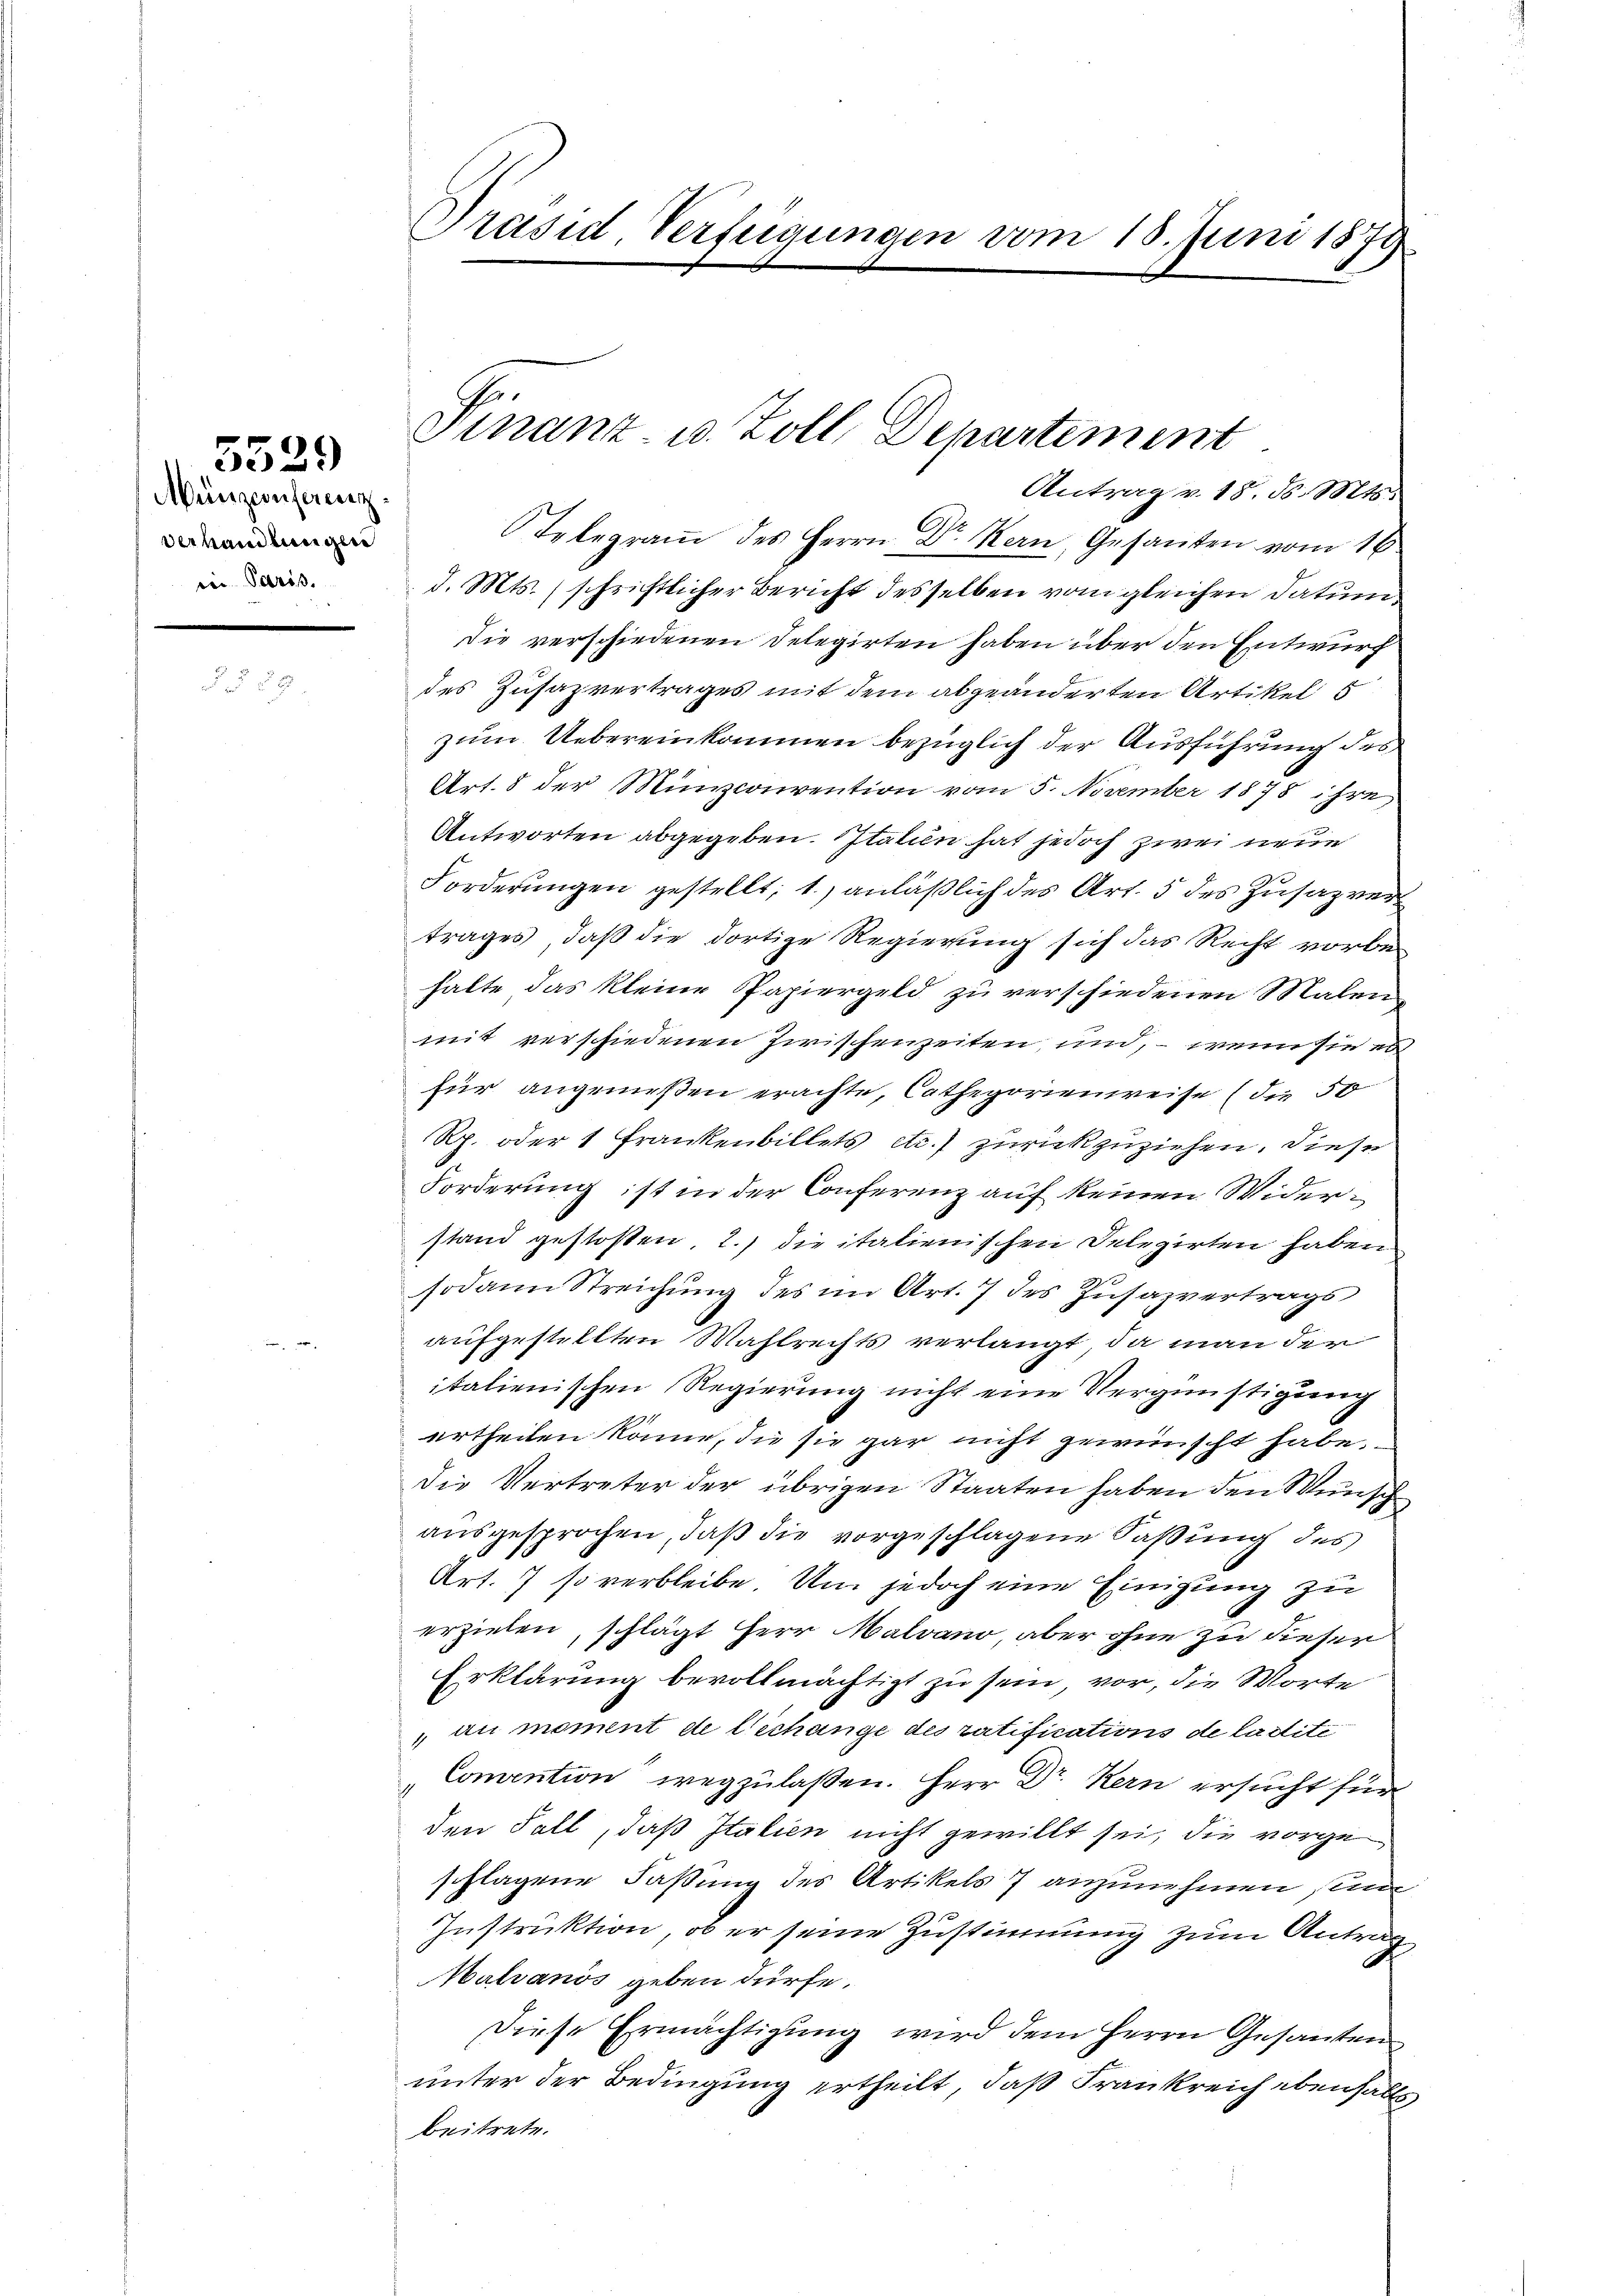
5529

Präsid. Verfügungen vom 18. Juni 1879

Telegram des Herrn Dr. Kern, Gesanten vom 16
d. Mts. schriftlicher Bericht desselben vom gleichen Datum
Die verschiedenen Delegirten haben über den Entwurf
des Zusazvertrages mit dem abgeänderten Artikel 5
zum Uebereinkommen bezüglich der Ausführung des
Art. 8 der Münzconvention vom 5. November 1878 ihre
Antworten abgegeben. Italien hat jedoch zwei neue
Forderungen gestellt, 1.) anläßlich des Art. 5 des Zusazver
trages, daß die dortige Regierung sich das Recht vorbehalte das kleine Papiergeld zu verschiedenen Malen
mit verschiedenen Zwischenzeiten, und, – wenn sie es
für angenießen erachte, Cathegorienweise (die 50
Rp. oder 1 Frankenbillets etc.) zurückzuziehen. Diese
Forderung ist in der Conferenz auf keinen Widerstand gestoßen, 2.) die italienischen Delegirten haben
sodann Streichung des im Art. 7 des Zusazvertrags
aufgestellten Wahlrechts verlangt, da man der
italienischen Regierung nicht eine Vergünstigung
urtheilen könne, die sie gar nicht gewünscht habe.
Die Vertreter der übrigen Staaten haben den Wunsch
ausgesprochen, daß die vorgeschlagene Faßung des
Art. 7 so verbleibe. Um jedoch eine Einigung zu
erzielen, schlägt Herr Malvano, aber ohne zu dieser
Erklärung bevollmächtigt zu sein, vor, die Worte
 au moment de lechange des ratifications de ladtite
Comention wegzulassen. Herr Dr. Kern ersucht für
den Fall, daß Italien nicht gewillt sei, die vorgeschlagene Faßung des Artikels 7 anzunehmen sein
Instruktion, ob er seine Zustimmung zum Antrag
Malvanös geben dürfe.
Diese Ermächtigung wird dem Herrn Gesanten
unter der Bedingung ertheilt, daß Frankreich ebenfalls
beitrete.

Münzconferenz
Verhandlungen
ein Paris.

G.
Finanz- u. Zoll, Departement
Antrag v. 18. d. Mts.